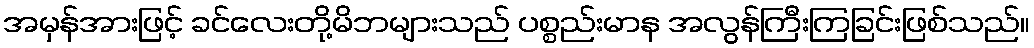
အမှန်အားဖြင့် ခင်လေးတို့မိဘများသည် ပစ္စည်းမာန အလွန်ကြီးကြခြင်းဖြစ်သည်။